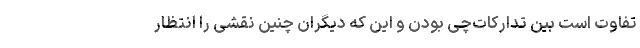
تفاوت است بین تدارکات‌چی بودن و این که دیگران چنین نقشی را انتظار